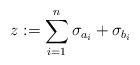
LaTeX: \begin{align*}z:=\sum_{i=1}^n\sigma_{a_i} + \sigma_{b_i}\end{align*}